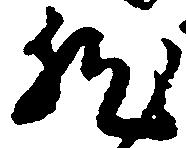
然